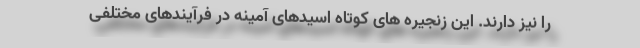
را نیز دارند. این زنجیره های کوتاه اسیدهای آمینه در فرآیندهای مختلفی